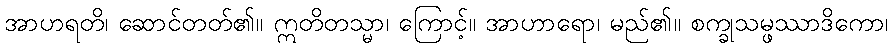
အာဟရတိ၊ ဆောင်တတ်၏။ ဣတိတသ္မာ၊ ကြောင့်။ အာဟာရော၊ မည်၏။ စက္ခုသမ္ဖဿာဒိကော၊